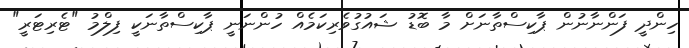
ހިންދީ ފަންނާނުން ޕާކިސްތާނަށް މާ ބޮޑު ޝައުގުވެރިކަމެއް ހުންނަނީ ޕާކިސްތާނަކީ ފިލްމު "ޓެރިޓަރީ"